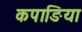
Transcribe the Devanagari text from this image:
कपाङिया